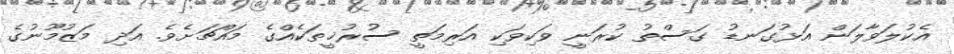
އެކުލަވާލަން އަޅުގަނޑު ގަސްތު ކުރަނީ ވަކިވަކި އަރިމަތީ ސުރުޚީތަކެއްގެ މައްޗަށެވެ. އަދި މަޒުމޫނުގެ